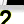
Digit: 2